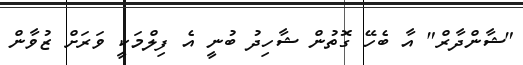
"ޝާންދާރް" އާ ބެހޭ ގޮތުން ޝާހިދު ބުނީ އެ ފިލްމަކީ ވަރަށް ޒުވާން